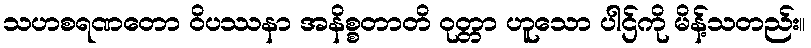
သဟစရဏတော ဝိပဿနာ အနိစ္စတာတိ ဝုတ္တာ ဟူသော ပါဌ်ကို မိန့်သတည်း။